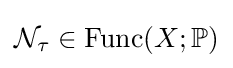
{\mathcal {N}}_{\tau }\in \operatorname {Func} (X;\mathbb {P} )